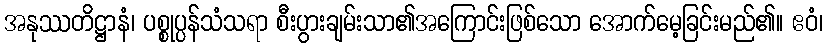
အနုဿတိဋ္ဌာနံ၊ ပစ္စုပ္ပန်သံသရာ စီးပွားချမ်းသာ၏အကြောင်းဖြစ်သော အောက်မေ့ခြင်းမည်၏။ ဧဝံ၊